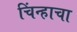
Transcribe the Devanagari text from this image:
चिंन्हाचा